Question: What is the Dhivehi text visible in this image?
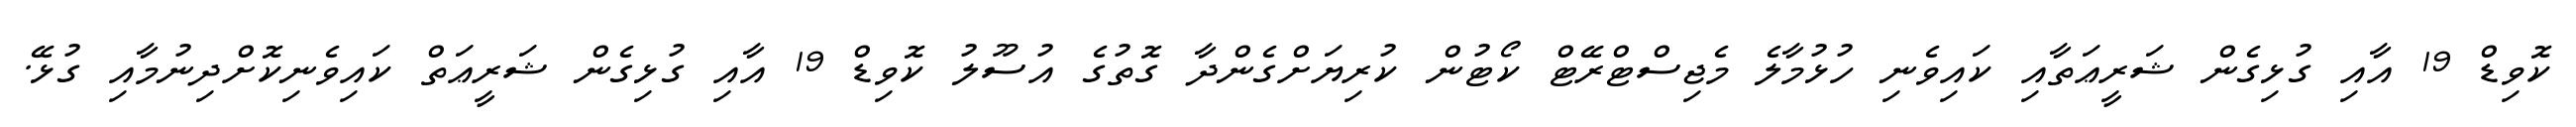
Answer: ކޮވިޑް 19 އާއި ގުޅިގެން ޝަރީޢަތާއި ކައިވެނި ހުޅުމާލެ މެޖިސްޓްރޭޓް ކޯޓުން ކުރިޔަށްގެންދާ ގޮތުގެ އުސޫލު ކޮވިޑް 19 އާއި ގުޅިގެން ޝަރީޢަތް ކައިވެނިކޮށްދިނުމާއި ގުޅޭ.